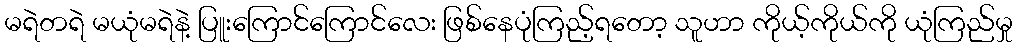
မရဲတရဲ မယုံမရဲနဲ့ ပြူးကြောင်ကြောင်လေး ဖြစ်နေပုံကြည့်ရတော့ သူဟာ ကိုယ့်ကိုယ်ကို ယုံကြည်မှု